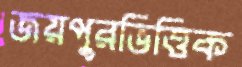
জয়পুরভিত্তিক